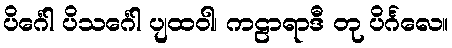
ပိင်္ဂေါ ပိသင်္ဂေါ ပျထဝါ၊ ကဠာရာဒီ တု ပိင်္ဂလေ။